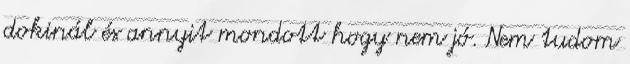
dokinál és annyit mondott hogy nem jó. Nem tudom